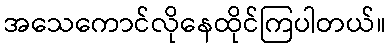
အသေကောင်လိုနေထိုင်ကြပါတယ်။